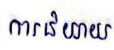
ការនិយាយ